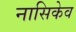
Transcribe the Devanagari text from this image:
नासिकेव